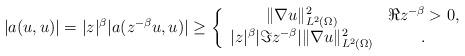
LaTeX: \begin{align*} |a(u,u)| = |z|^\beta |a(z^{-\beta}u,u)|\geq \left\{ \begin{array}{cc} \|\nabla u\|_{L^2(\Omega)}^2& \Re z^{-\beta} > 0, \\ |z|^\beta |\Im z^{-\beta}|\|\nabla u\|_{L^2(\Omega)}^2 & . \end{array} \right. \end{align*}